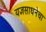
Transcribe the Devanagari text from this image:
यज्ञसाधनेचा